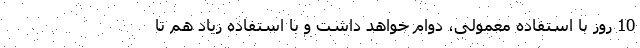
10 روز با استفاده معمولی، دوام خواهد داشت و با استفاده زیاد هم تا